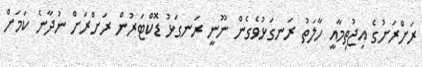
ރަށްރަށުގެ އިޖުތިމާއީ ހާލަތު ރަނގަޅުވެގެން ނޫނީ ރަނގަޅު ޑޮކްޓަރުން ރަށްރަށް ނުދާނެ ކަމަށް